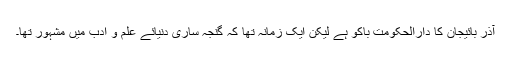
آذر بائیجان کا دارالحکومت باکو ہے لیکن ایک زمانہ تھا کہ گنجہ ساری دنیائے علم و ادب میں مشہور تھا۔